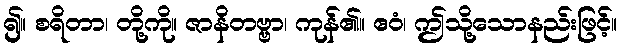
၍။ စရိတာ၊ တို့ကို။ ဇာနိတဗ္ဗာ၊ ကုန်၏။ ဧဝံ၊ ဤသို့သောနည်းဖြင့်။